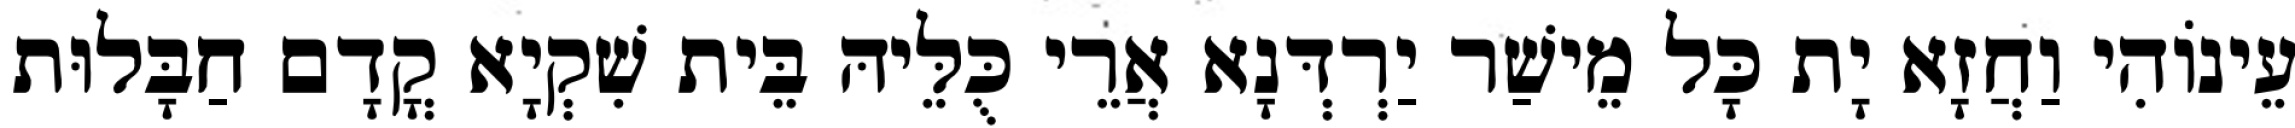
עֵינוֹהִי וַחֲזָא יָת כָּל מֵישַׁר יַרְדְּנָא אֲרֵי כֻּלֵּיהּ בֵּית שִׁקְיָא קֳדָם חַבָּלוּת